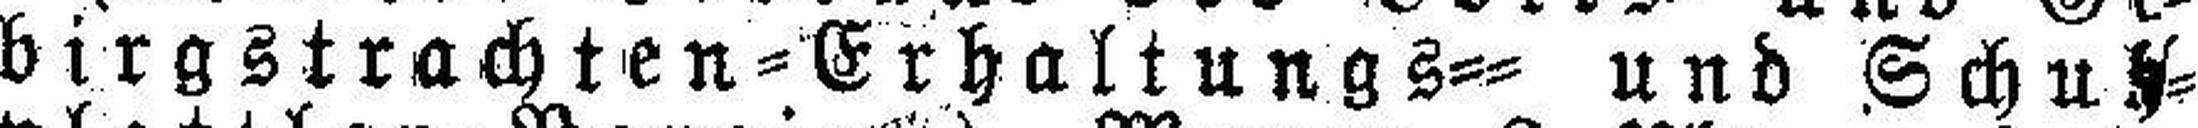
birgstrachten=Erhaltungs== und Schuh¬